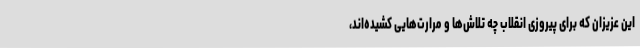
این عزیزان که برای پیروزی انقلاب چه تلاش‌ها و مرارت‌هایی کشیده‌اند،